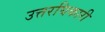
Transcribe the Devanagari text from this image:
उत्तरघिकारी